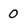
Character: 0